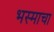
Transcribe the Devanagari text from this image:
भस्माचा